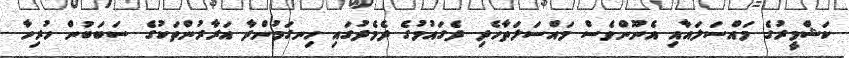
ކަޝްމީރުގެ މައްސަލައާއި އެނޫންވެސް މައްސަލަތާހެދި ދެގައުމުގެ ދެމެދުގައި ހިނގަމުންދާ އަރާރުންތަކުގެ ސަބަބުން ހުރިހާ